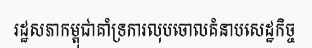
រដ្ឋសភាកម្ពុជាគាំទ្រការលុបចោលគំនាបសេដ្ឋកិច្ច